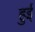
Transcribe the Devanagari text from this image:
हुर्इं